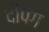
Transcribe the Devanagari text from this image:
दीपंग